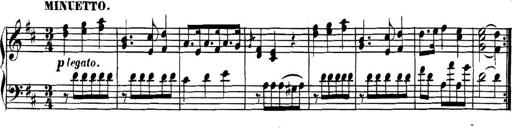
Title: Collected Piano Sonatas
Composer: Muzio Clementi